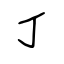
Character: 丁